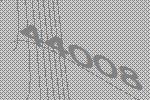
44008